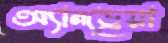
অ্যানড্রেয়া